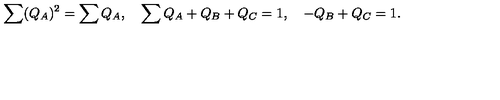
\sum ( Q _ { A } ) ^ { 2 } = \sum Q _ { A } , \quad \sum Q _ { A } + Q _ { B } + Q _ { C } = 1 , \quad - Q _ { B } + Q _ { C } = 1 .